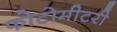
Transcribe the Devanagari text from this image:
फोटोमीटरी